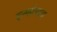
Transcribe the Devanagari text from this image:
इन्फोपाथ